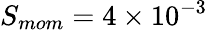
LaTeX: S_{mom}=4\times 10^{-3}